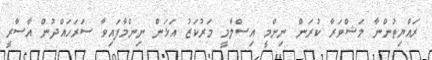
ރައްޔިތުންނާ މަޝްވަރާ ކުރަން ނިންމީ އިސްލާމީ މަރުކަޒު އަޅަން ނިންމާފައިވާ ސަރަހައްދުން އާސާރީ